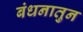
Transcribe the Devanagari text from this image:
बंधनातुन